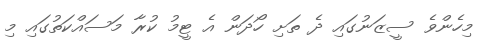
މިހެންވެ ސީޒަނުގައި ދެ ތަށި ހޯދަން އެ ޓީމު ކުރާ މަސައްކަތުގައި މި